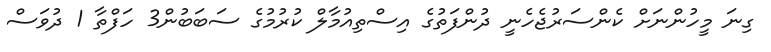
ގިނަ މީހުންނަށް ކެންސަރުޖެހެނީ ދުންފަތުގެ އިސްތިއުމާލް ކުރުމުގެ ސަބަބުން3 ހަފްތާ 1 ދުވަސް